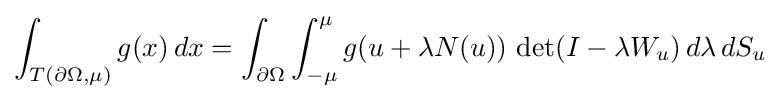
\int _{T(\partial \Omega ,\mu )}g(x)\,dx=\int _{\partial \Omega }\int _{-\mu }^{\mu }g(u+\lambda N(u))\,\det(I-\lambda W_{u})\,d\lambda \,dS_{u}